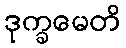
ဒုက္ခမေတိ